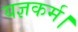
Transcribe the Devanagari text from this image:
यज्ञकर्म।